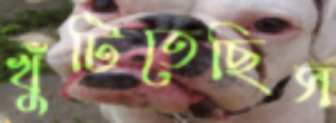
খুঁটিতেছিস